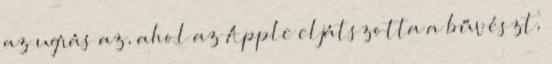
az ugrás az, ahol az Apple eljátszotta a bűvészt,